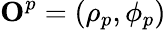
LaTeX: {\mathbf O}^{p}=(\rho_{p},\phi_{p})